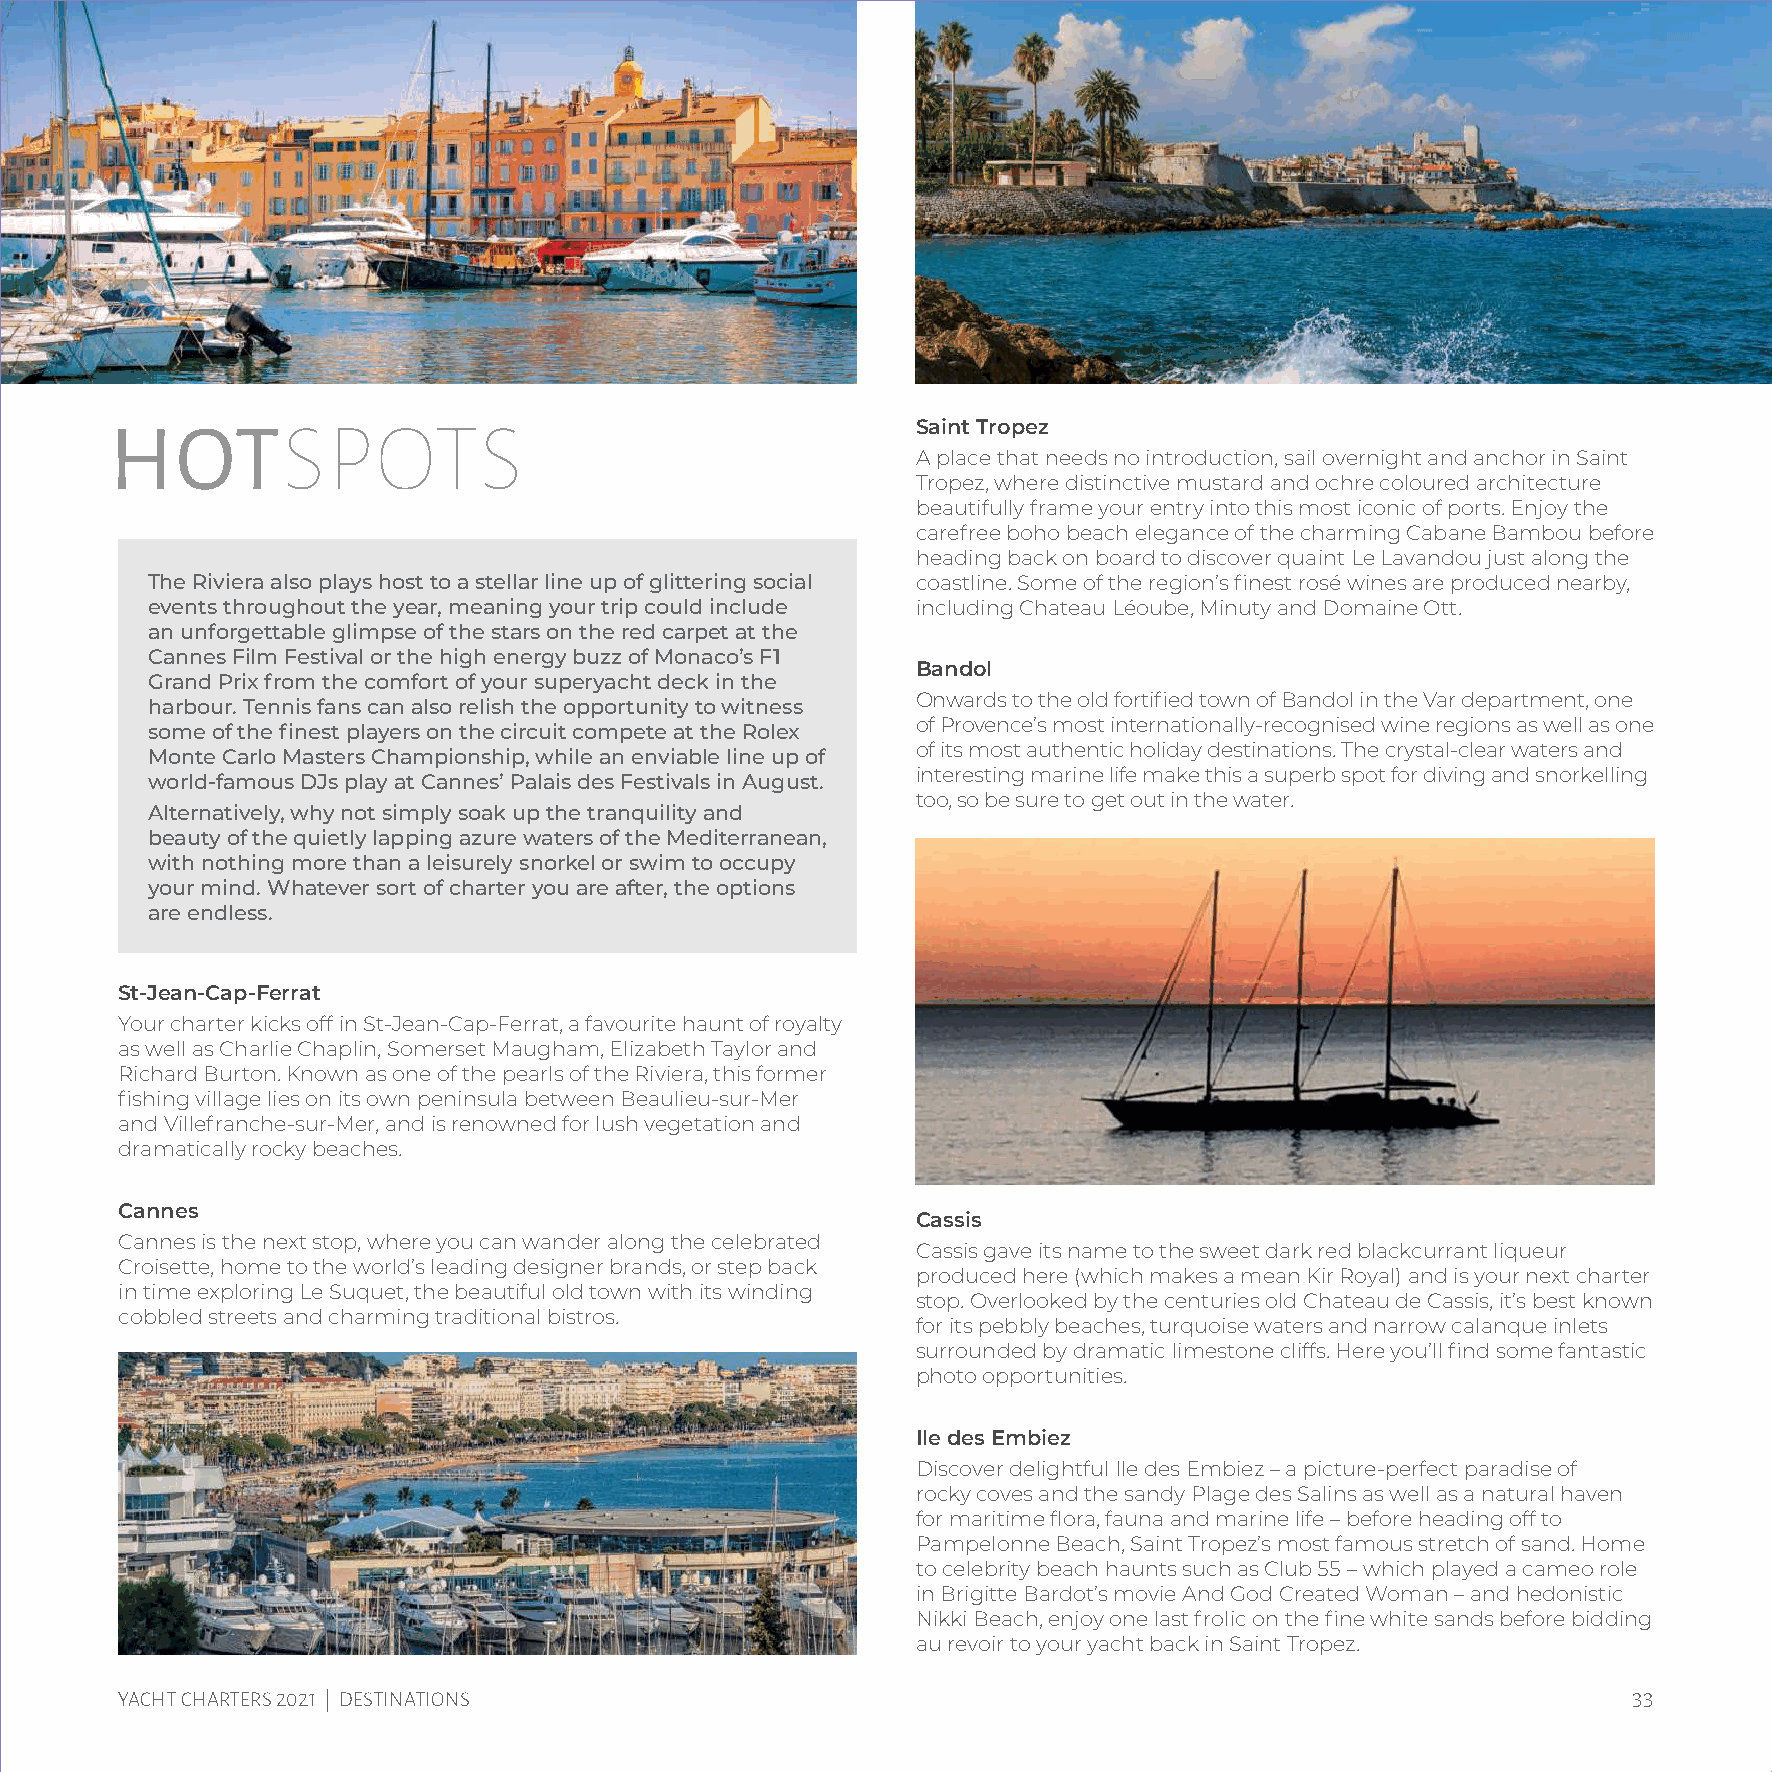
HOTSPOTS
 Saint Tropez
 A place that needs no introduction, sail overnight and anchor in Saint
 Tropez, where distinctive mustard and ochre coloured architecture
 beautifully frame your entry into this most iconic of ports. Enjoy the
 carefree boho beach elegance of the charming Cabane Bambou before
 heading back on board to discover quaint Le Lavandou just along the
 The Riviera also plays host to a stellar line up of glittering social coastline. Some of the region’s finest rosé wines are produced nearby,
 events throughout the year, meaning your trip could include including Chateau Léoube, Minuty and Domaine Ott.
 an unforgettable glimpse of the stars on the red carpet at the
 Cannes Film Festival or the high energy buzz of Monaco’s F1
 Bandol
 Grand Prix from the comfort of your superyacht deck in the
 Onwards to the old fortified town of Bandol in the Var department, one
 harbour. Tennis fans can also relish the opportunity to witness
 of Provence’s most internationally-recognised wine regions as well as one
 some of the finest players on the circuit compete at the Rolex
 of its most authentic holiday destinations. The crystal-clear waters and
 Monte Carlo Masters Championship, while an enviable line up of
 interesting marine life make this a superb spot for diving and snorkelling
 world-famous DJs play at Cannes’ Palais des Festivals in August.
 too, so be sure to get out in the water.
 Alternatively, why not simply soak up the tranquility and
 beauty of the quietly lapping azure waters of the Mediterranean,
 with nothing more than a leisurely snorkel or swim to occupy
 your mind. Whatever sort of charter you are after, the options
 are endless.
 St-Jean-Cap-Ferrat
 Your charter kicks off in St-Jean-Cap-Ferrat, a favourite haunt of royalty
 as well as Charlie Chaplin, Somerset Maugham, Elizabeth Taylor and
 Richard Burton. Known as one of the pearls of the Riviera, this former
 fishing village lies on its own peninsula between Beaulieu-sur-Mer
 and Villefranche-sur-Mer, and is renowned for lush vegetation and
 dramatically rocky beaches.
 Cannes
 Cassis
 Cannes is the next stop, where you can wander along the celebrated
 Cassis gave its name to the sweet dark red blackcurrant liqueur
 Croisette, home to the world’s leading designer brands, or step back
 produced here (which makes a mean Kir Royal) and is your next charter
 in time exploring Le Suquet, the beautiful old town with its winding
 stop. Overlooked by the centuries old Chateau de Cassis, it’s best known
 cobbled streets and charming traditional bistros.
 for its pebbly beaches, turquoise waters and narrow calanque inlets
 surrounded by dramatic limestone cliffs. Here you’ll find some fantastic
 photo opportunities.
 Ile des Embiez
 Discover delightful Ile des Embiez – a picture-perfect paradise of
 rocky coves and the sandy Plage des Salins as well as a natural haven
 for maritime flora, fauna and marine life – before heading off to
 Pampelonne Beach, Saint Tropez’s most famous stretch of sand. Home
 to celebrity beach haunts such as Club 55 – which played a cameo role
 in Brigitte Bardot’s movie And God Created Woman – and hedonistic
 Nikki Beach, enjoy one last frolic on the fine white sands before bidding
 au revoir to your yacht back in Saint Tropez.
 YACHT CHARTERS 2021 | DESTINATIONS                                                                  33